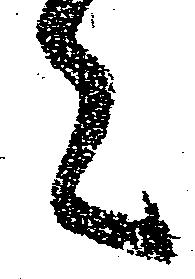
言